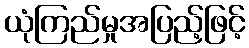
ယုံကြည်မှုအပြည့်ဖြင့်